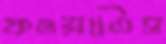
কওয়াতিস